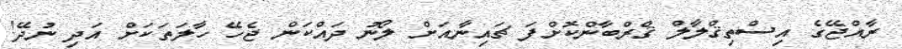
ރާއްޖޭގެ އިސްތިޤްލާލް ޤްރްބާންކޮށްފަ ޗައިނާއަށް ލޯނު ދައްކަން ޖެހޭ ހާލަތަކަށް އަދި ނުދޭ!